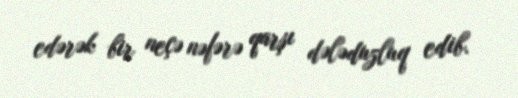
edərək bir neçə nəfərə qarşı dələduzluq edib.